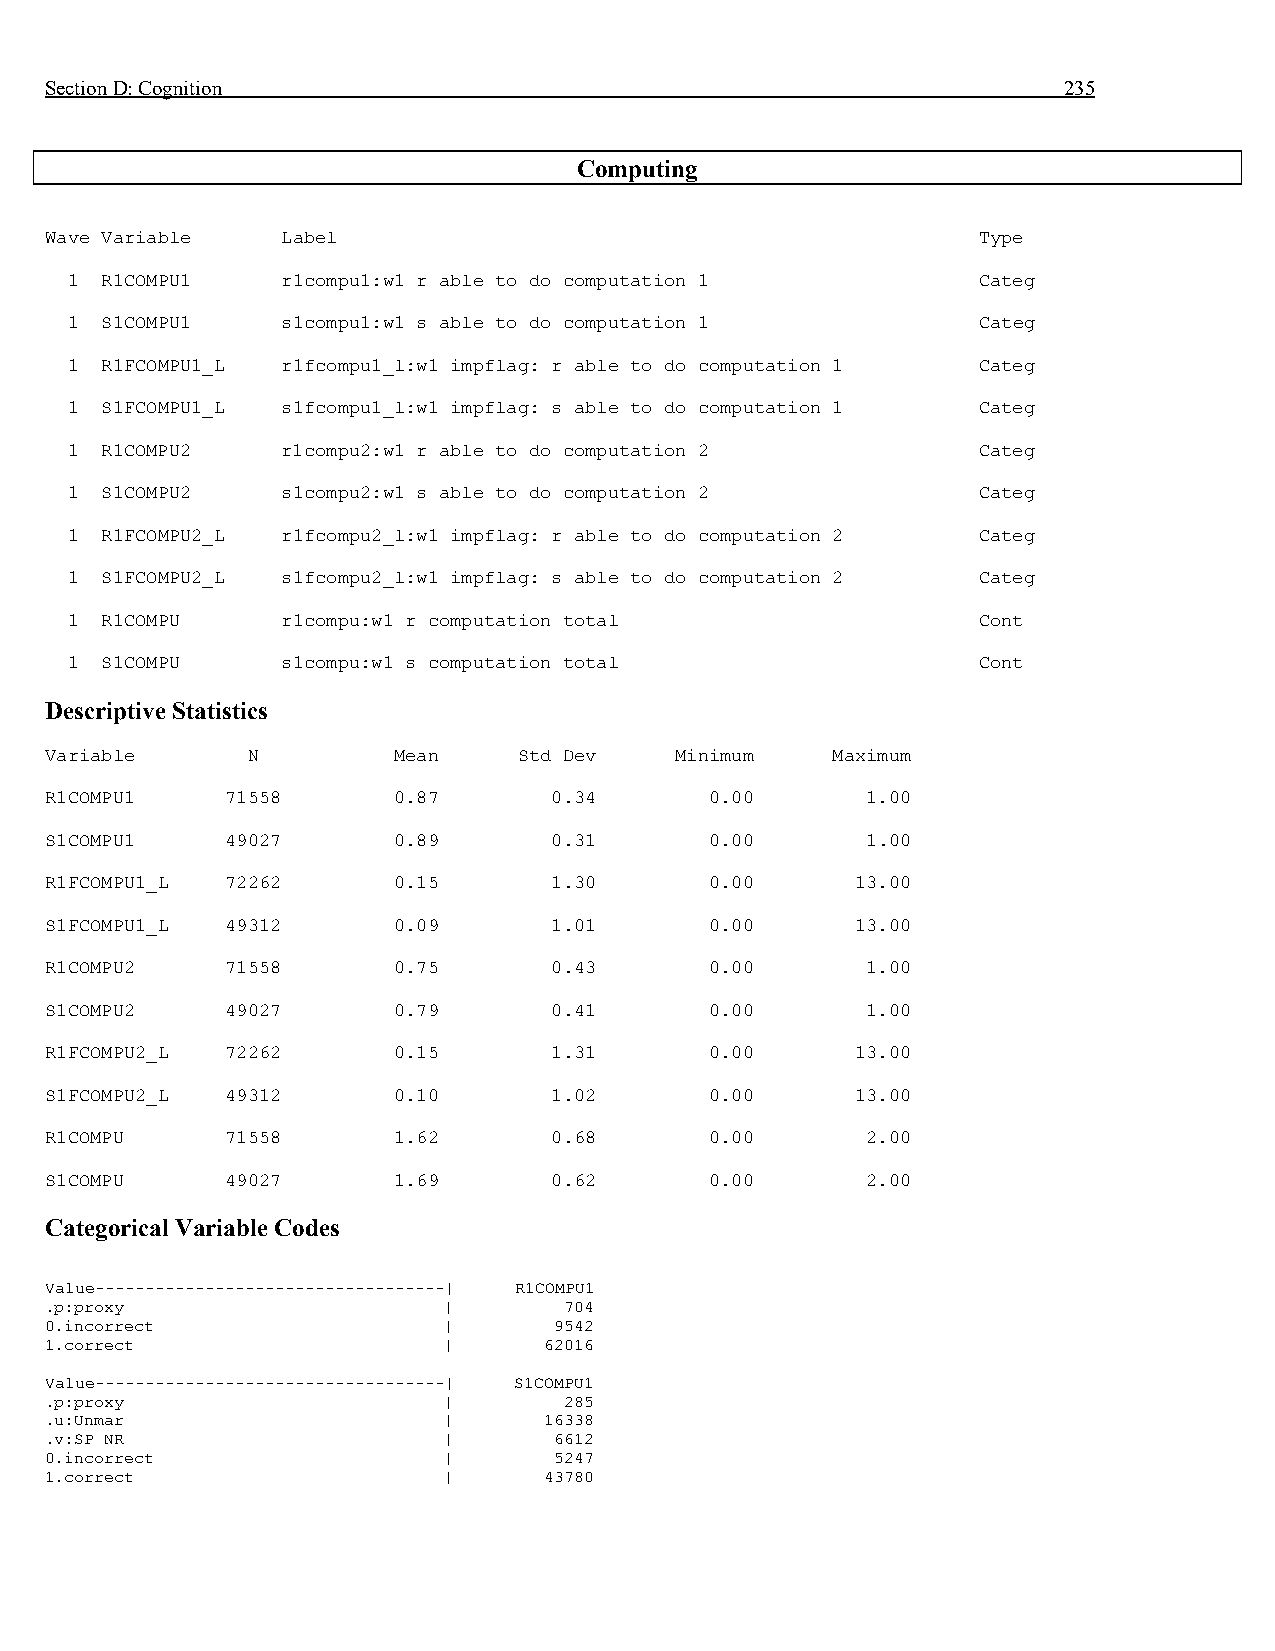
Section D: Cognition                                               235
 Computing
 Wave Variable   Label                                         Type
 1  R1COMPU1    r1compu1:w1 r able to do computation 1        Categ
 1  S1COMPU1    s1compu1:w1 s able to do computation 1        Categ
 1  R1FCOMPU1_L r1fcompu1_l:w1 impflag: r able to do computation 1 Categ
 1  S1FCOMPU1_L s1fcompu1_l:w1 impflag: s able to do computation 1 Categ
 1  R1COMPU2    r1compu2:w1 r able to do computation 2        Categ
 1  S1COMPU2    s1compu2:w1 s able to do computation 2        Categ
 1  R1FCOMPU2_L r1fcompu2_l:w1 impflag: r able to do computation 2 Categ
 1  S1FCOMPU2_L s1fcompu2_l:w1 impflag: s able to do computation 2 Categ
 1  R1COMPU     r1compu:w1 r computation total                Cont
 1  S1COMPU     s1compu:w1 s computation total                Cont
 Descriptive Statistics
 Variable     N         Mean    Std Dev    Minimum   Maximum
 R1COMPU1    71558      0.87      0.34       0.00      1.00
 S1COMPU1    49027      0.89      0.31       0.00      1.00
 R1FCOMPU1_L 72262      0.15      1.30       0.00      13.00
 S1FCOMPU1_L 49312      0.09      1.01       0.00      13.00
 R1COMPU2    71558      0.75      0.43       0.00      1.00
 S1COMPU2    49027      0.79      0.41       0.00      1.00
 R1FCOMPU2_L 72262      0.15      1.31       0.00      13.00
 S1FCOMPU2_L 49312      0.10      1.02       0.00      13.00
 R1COMPU     71558      1.62      0.68       0.00      2.00
 S1COMPU     49027      1.69      0.62       0.00      2.00
 Categorical Variable Codes
 Value-----------------------------------| R1COMPU1
 .p:proxy                  |       704
 0.incorrect               |       9542
 1.correct                 |      62016
 Value-----------------------------------| S1COMPU1
 .p:proxy                  |       285
 .u:Unmar                  |      16338
 .v:SP NR                  |       6612
 0.incorrect               |       5247
 1.correct                 |      43780